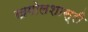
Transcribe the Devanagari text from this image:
खगोलशास्री